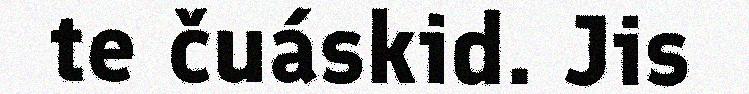
te čuáskid. Jis